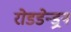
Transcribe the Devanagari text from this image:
रोडडेन्ड्रन